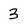
Character: 3